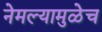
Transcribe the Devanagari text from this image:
नेमल्यामुळेच